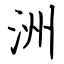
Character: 洲